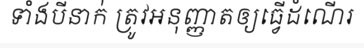
ទាំងបីនាក់ ត្រូវអនុញ្ញាតឲ្យធ្វើដំណើរ